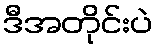
ဒီအတိုင်းပဲ